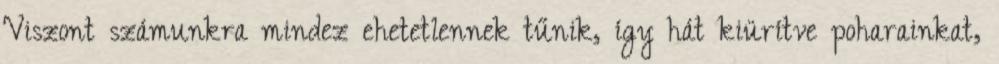
Viszont számunkra mindez ehetetlennek tűnik, így hát kiürítve poharainkat,